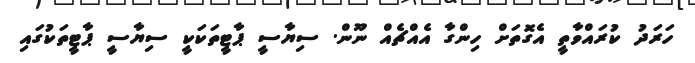
ހަރަދު ކުރައްވާތީ އެގޮތަށް ހިންގާ އެއްޗެއް ނޫން. ސިޔާސީ ޕާޓީތަކަކީ ސިޔާސީ ޕާޓީތަކުގައި